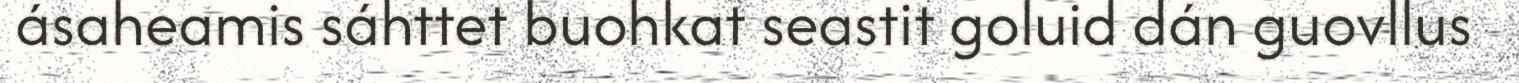
ásaheamis sáhttet buohkat seastit goluid dán guovllus